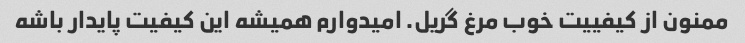
ممنون از کیفییت خوب مرغ گریل. امیدوارم همیشه این کیفیت پایدار باشه